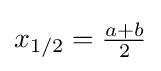
x_{1/2}={\tfrac {a+b}{2}}